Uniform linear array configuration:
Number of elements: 16
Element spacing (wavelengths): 0.5
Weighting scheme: hamming
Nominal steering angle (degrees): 15
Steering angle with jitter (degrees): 14.642
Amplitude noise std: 0.05
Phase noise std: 0.05

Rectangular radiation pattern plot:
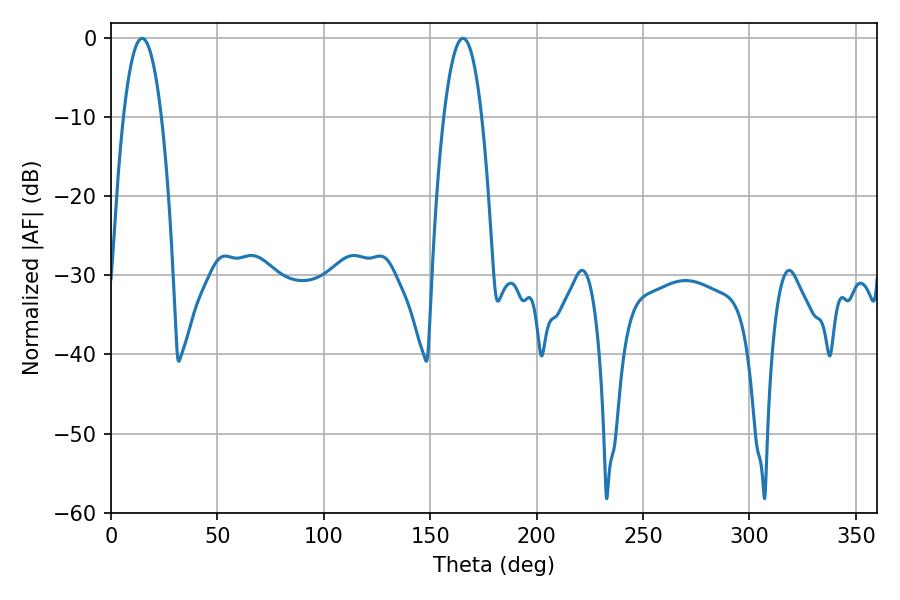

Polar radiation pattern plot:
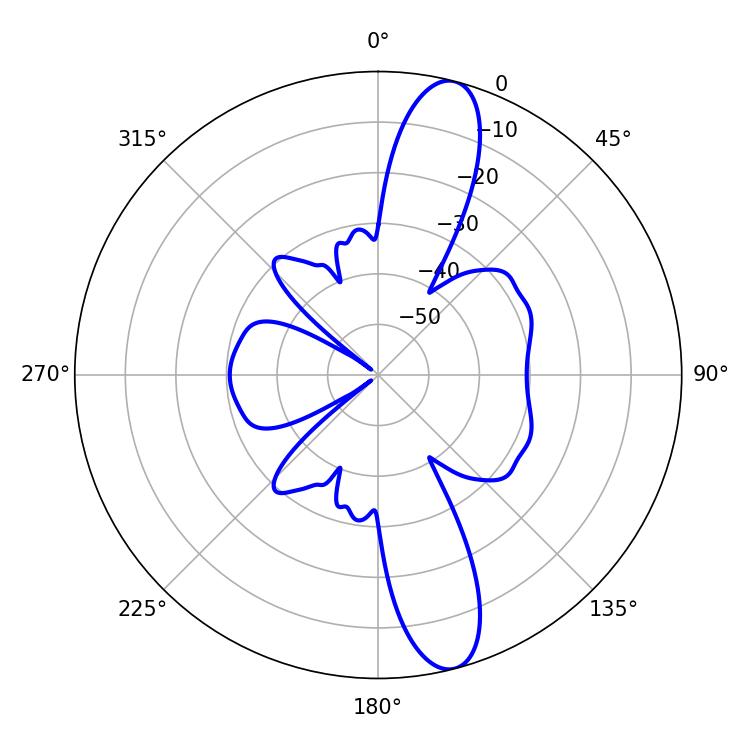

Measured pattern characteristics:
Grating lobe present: FALSE
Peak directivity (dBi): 13.265
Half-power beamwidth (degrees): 9.9
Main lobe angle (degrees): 14.58